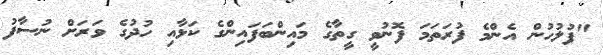
"ފުލުހުން އެންމެ ފުރަތަމަ ފޮނުވީ ގީތާގެ މައިންބަފައިންގެ ކަޅާއި ހުދުގެ ވަރަށް ނުސާފު